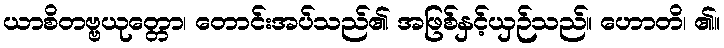
ယာစိတဗ္ဗယုတ္တော၊ တောင်းအပ်သည်၏ အဖြစ်နှင့်ယှဉ်သည်။ ဟောတိ၊ ၏။